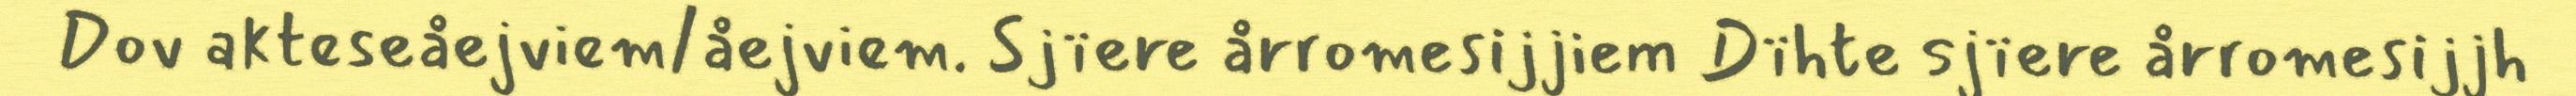
Dov akteseåejviem/åejviem. Sjïere årromesijjiem Dïhte sjïere årromesijjh